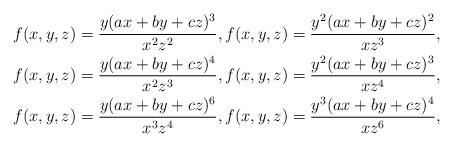
LaTeX: \begin{gather*}f(x,y,z)=\dfrac{y(ax+by+cz)^3}{x^2z^2},f(x,y,z)=\dfrac{y^2(ax+by+cz)^2}{xz^{3}},\\f(x,y,z)=\dfrac{y(ax+by+cz)^4}{x^2z^{3}},f(x,y,z)=\dfrac{y^2(ax+by+cz)^3}{xz^{4}},\\f(x,y,z)=\dfrac{y(ax+by+cz)^6}{x^3z^{4}},f(x,y,z)=\dfrac{y^3(ax+by+cz)^4}{xz^{6}},\end{gather*}